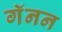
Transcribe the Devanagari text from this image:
गॅनन